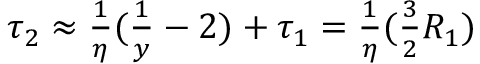
\begin{array} { r } { \tau _ { 2 } \approx \frac { 1 } { \eta } ( \frac { 1 } { y } - 2 ) + \tau _ { 1 } = \frac { 1 } { \eta } ( \frac { 3 } { 2 } R _ { 1 } ) } \end{array}